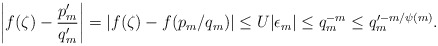
\begin{align*} \left\vert f(\zeta)-\frac{p_{m}^{\prime}}{q_{m}^{\prime}}\right\vert=\vert f(\zeta)-f(p_{m}/q_{m})\vert\leq U\vert\epsilon_{m}\vert\leq q_{m}^{-m}\leq q_{m}^{\prime -m/\psi(m)}.\end{align*}